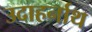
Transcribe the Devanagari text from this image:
उदाहर्नाथ